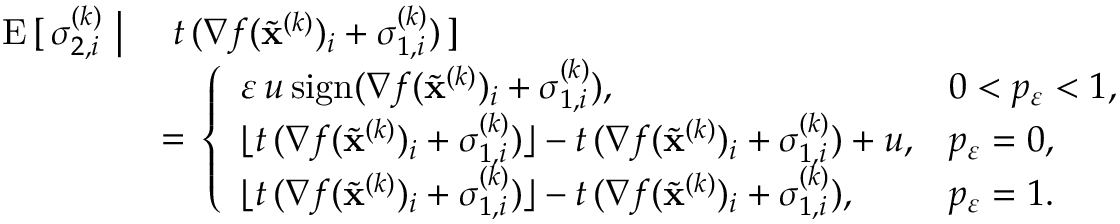
\begin{array} { r l } { \mathrm { E } \, [ \, \sigma _ { 2 , i } ^ { ( k ) } \ \big \vert } & { \ t \, ( \nabla f ( \widetilde \mathbf { x } ^ { ( k ) } ) _ { i } + \sigma _ { 1 , i } ^ { ( k ) } ) \, ] } \\ & { = \, \left\{ \begin{array} { l l } { \varepsilon \, u \, \mathrm { s i g n } ( \nabla f ( \widetilde \mathbf { x } ^ { ( k ) } ) _ { i } + \sigma _ { 1 , i } ^ { ( k ) } ) , \quad } & { 0 < p _ { \varepsilon } < 1 , } \\ { \lfloor t \, ( \nabla f ( \widetilde \mathbf { x } ^ { ( k ) } ) _ { i } + \sigma _ { 1 , i } ^ { ( k ) } ) \rfloor - t \, ( \nabla f ( \widetilde \mathbf { x } ^ { ( k ) } ) _ { i } + \sigma _ { 1 , i } ^ { ( k ) } ) + u , } & { p _ { \varepsilon } = 0 , } \\ { \lfloor t \, ( \nabla f ( \widetilde \mathbf { x } ^ { ( k ) } ) _ { i } + \sigma _ { 1 , i } ^ { ( k ) } ) \rfloor - t \, ( \nabla f ( \widetilde \mathbf { x } ^ { ( k ) } ) _ { i } + \sigma _ { 1 , i } ^ { ( k ) } ) , } & { p _ { \varepsilon } = 1 . } \end{array} \right. } \end{array}